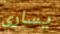
يساري